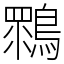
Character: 䳴